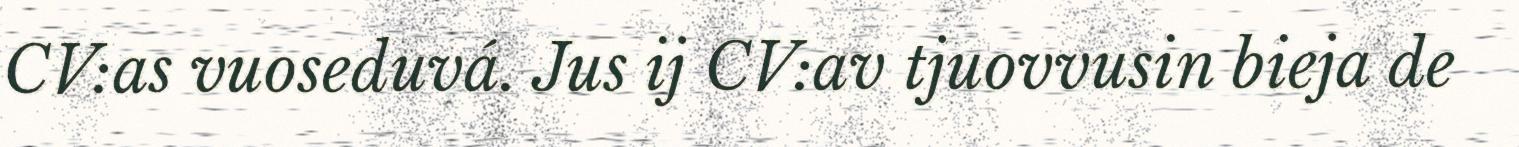
CV:as vuoseduvá. Jus ij CV:av tjuovvusin bieja de